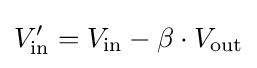
V'_{\text{in}}=V_{\text{in}}-\beta \cdot V_{\text{out}}